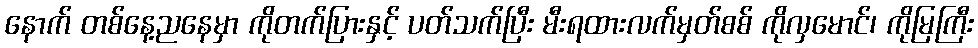
နောက် တစ်နေ့ညနေမှာ ကိုတက်ပြားနှင့် ပတ်သက်ပြီး မီးရထားလက်မှတ်စစ် ကိုလှမောင်၊ ကိုမြကြီး